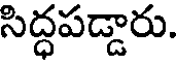
సిద్ధపడ్డారు.